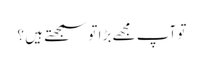
تو آپ مجھے بڑا تو سمجھتے ہیں ؟